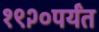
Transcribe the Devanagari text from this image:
१९२०पर्यंत